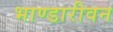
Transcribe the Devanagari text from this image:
भाण्डारीवन